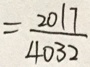
= \frac { 2 0 1 7 } { 4 0 3 2 }